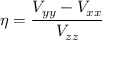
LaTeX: \eta = { \frac { V _ { y y } - V _ { x x } } { V _ { z z } } }